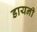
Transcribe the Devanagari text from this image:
डायनी